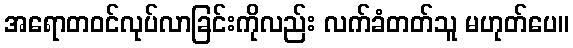
အရောတဝင်လုပ်လာခြင်းကိုလည်း လက်ခံတတ်သူ မဟုတ်ပေ။